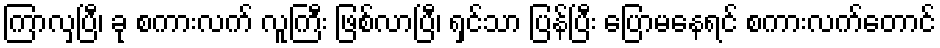
ကြာလှပြီ၊ ခု စကားလက် လူကြီး ဖြစ်လာပြီ၊ ရှင်သာ ပြန်ပြီး ပြောမနေရင် စကားလက်တောင်